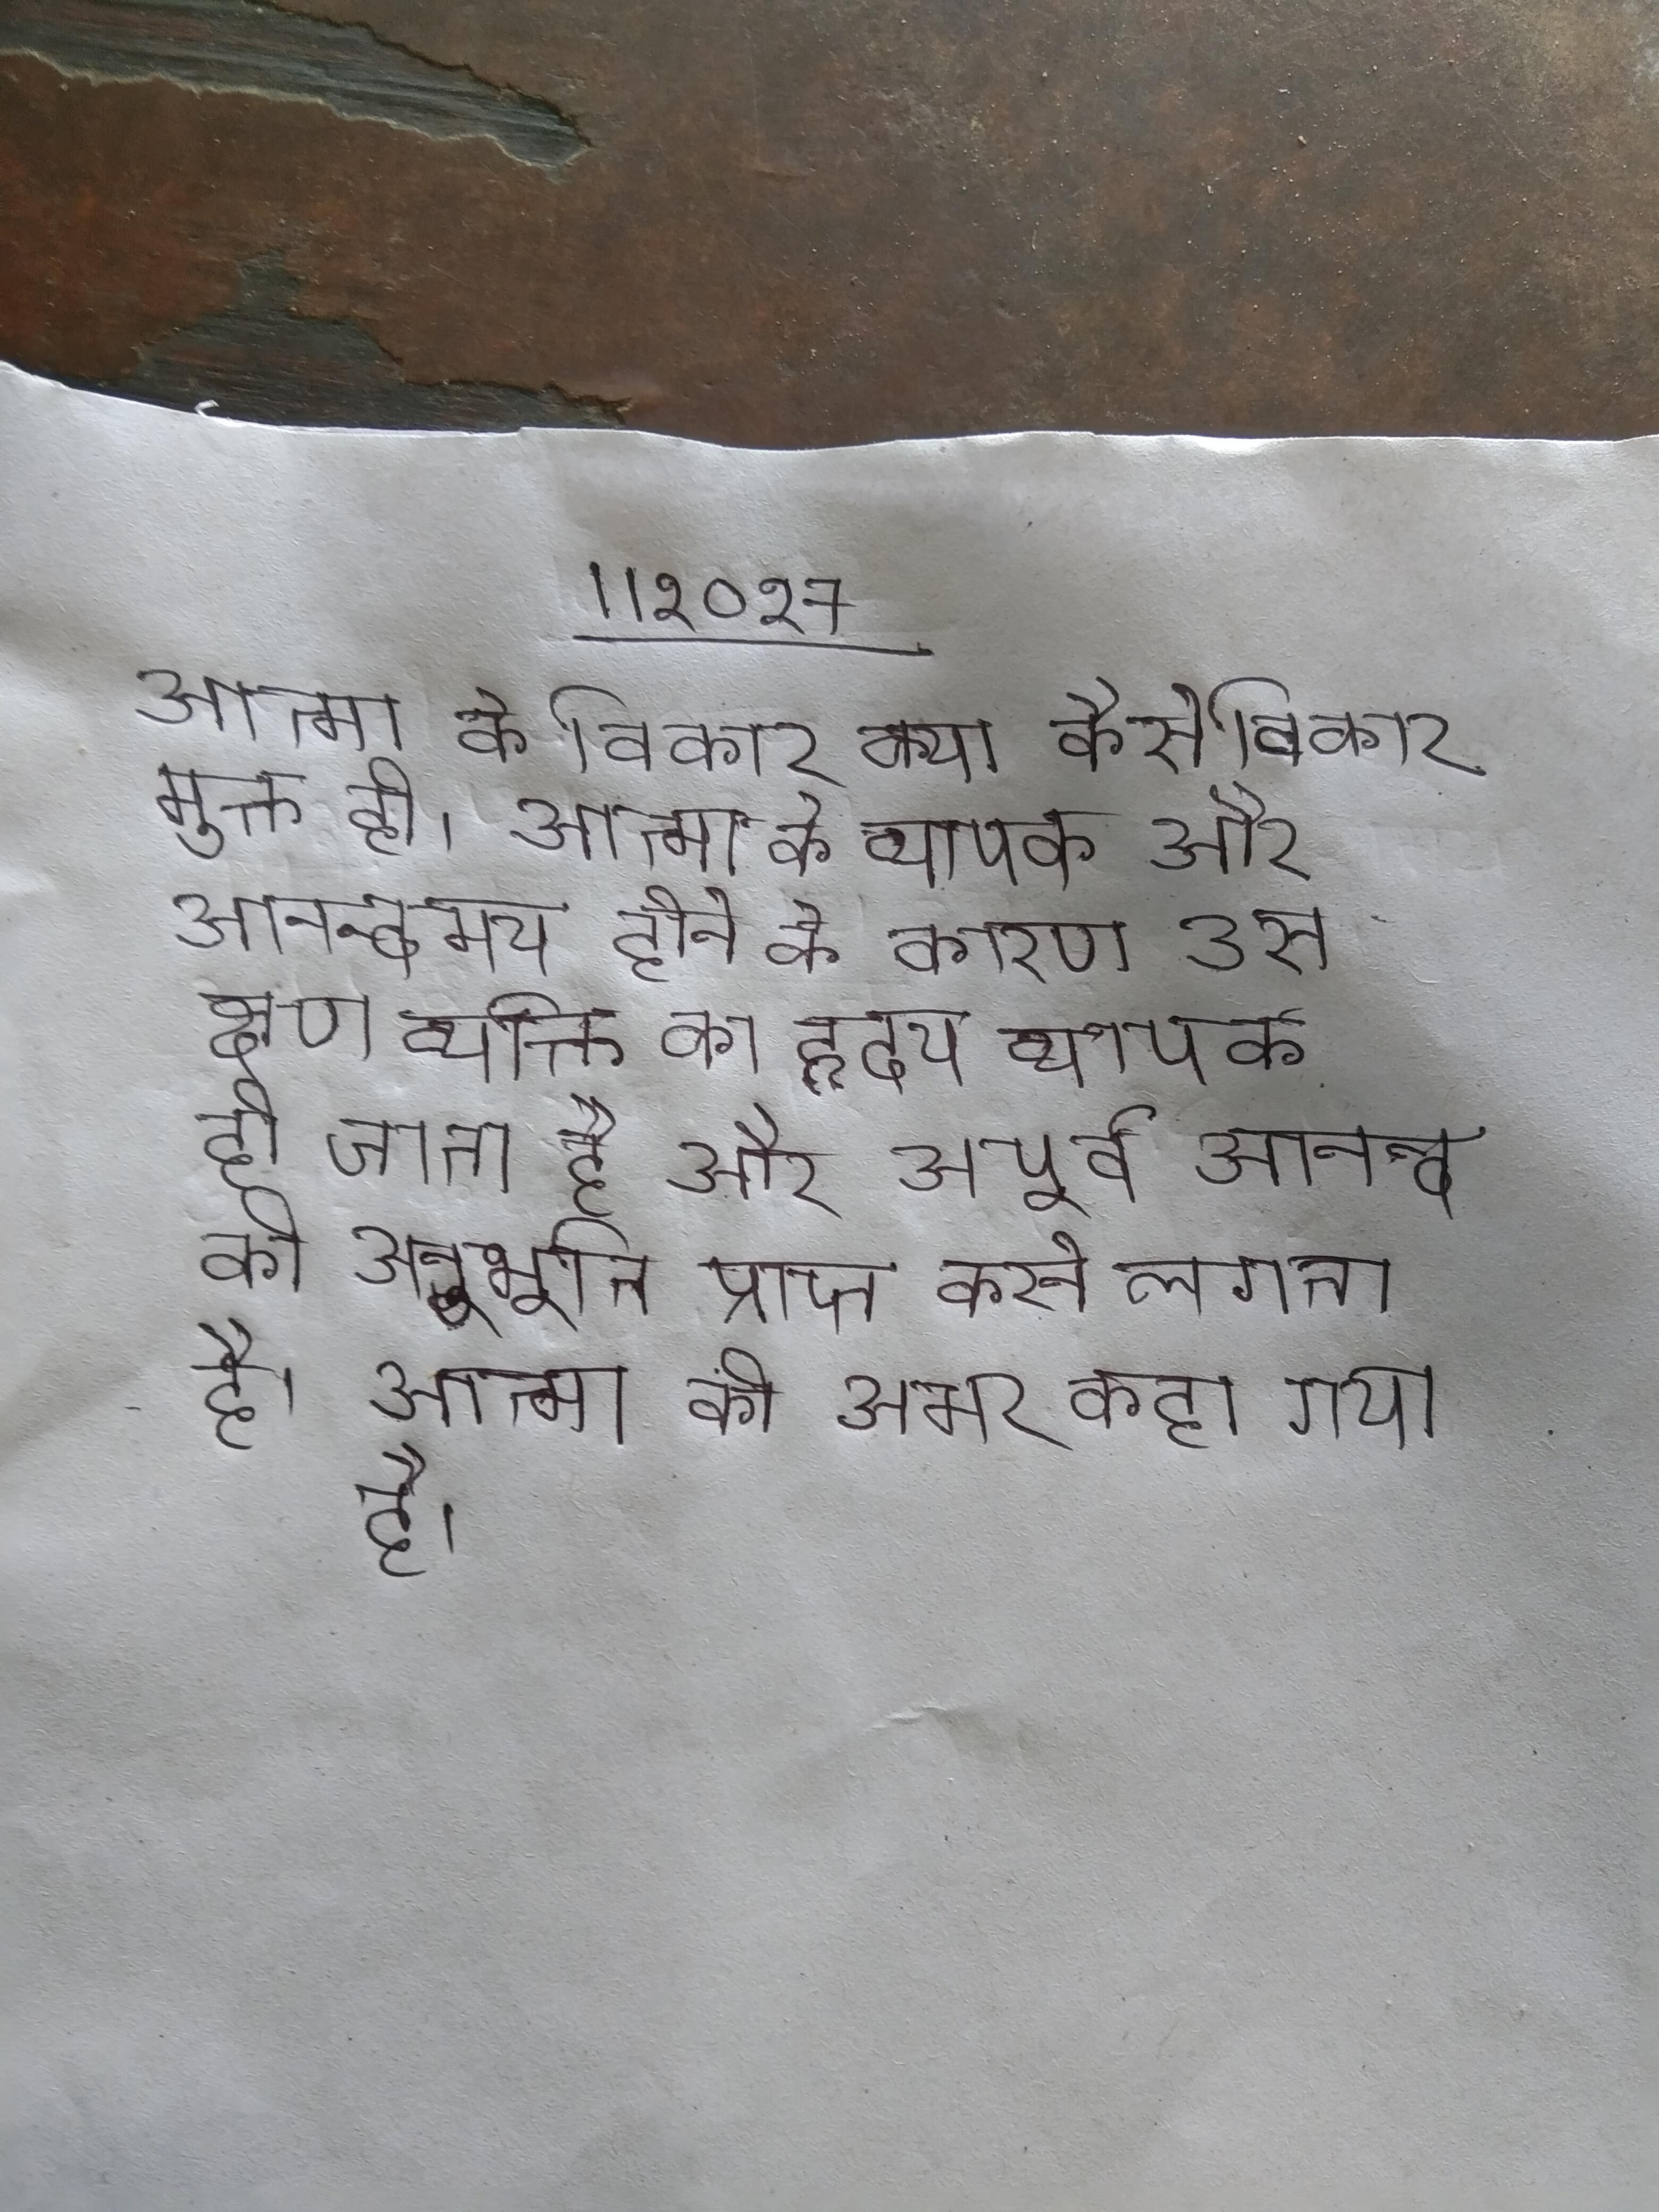
आत्मा के विकार क्या कैसे विकार मुक्त हो । आत्मा के व्यापक और आनन्दमय होने के कारण उस क्षण व्यक्ति का हृदय व्यक्तिगत को पार करके व्यापक हो जाता है और अपूर्व आनन्द की अनुभूति प्राप्त करने लगता है । आत्मा को अमर कहा गया है ।